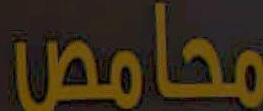
محامص